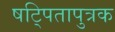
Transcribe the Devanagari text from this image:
षट्पितापुत्रक